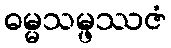
ဓမ္မသမ္ဖဿဇံ